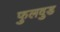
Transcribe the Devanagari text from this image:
फुलवुड